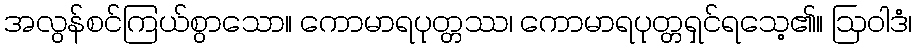
အလွန်စင်ကြယ်စွာသော။ ကောမာရပုတ္တဿ၊ ကောမာရပုတ္တရှင်ရသေ့၏။ ဩဝါဒံ၊